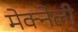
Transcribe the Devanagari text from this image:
मेक्नेली